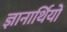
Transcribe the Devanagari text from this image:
ज्ञानार्थियों